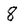
Character: 8